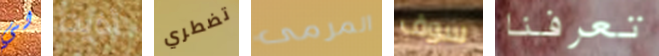
لي أذيت تضطري المرمى سوف تعرفنا